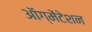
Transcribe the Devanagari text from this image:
ऑग्मेंटेशन